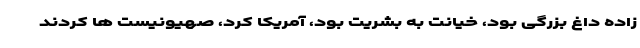
‌زاده داغ بزرگی بود، خیانت به بشریت بود، آمریکا کرد، صهیونیست ها کردند